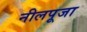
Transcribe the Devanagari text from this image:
नीलपूजा